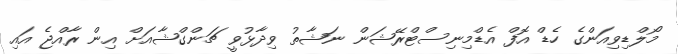
މޯލްޑިވިއަންގެ ހެޑް އޮފް އެޑްމިނިސްޓްރޭޝަން ނަޝާތު ވިދާޅުވީ ޗަންގްޝާއަށް އިން ރާއްޖެ އައި